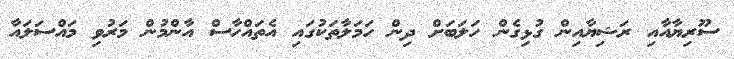
ސޫރިޔާއާއި ރަޝިޔާއިން ގުޅިގެން ހަލަބަށް ދިން ހަމަލާތަކުގައި އެތައްހާސް އާންމުން މަރުވި މައްސަލައާ